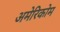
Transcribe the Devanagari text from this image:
अमेरिकोम